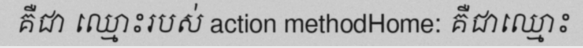
គឺជា ឈ្មោះរបស់ action methodHome: គឺជាឈ្មោះ